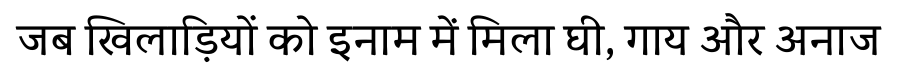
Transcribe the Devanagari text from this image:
जब खिलाड़ियों को इनाम में मिला घी, गाय और अनाज